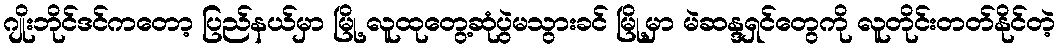
ဂျိုးဘိုင်ဒင်ကတော့ ပြည်နယ်မှာ မြို့ လူထုတွေ့ဆုံပွဲမသွားခင် မြို့မှာ မဲဆန္ဒရှင်တွေကို လူတိုင်းတတ်နိုင်တဲ့